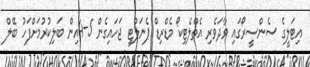
އިޓަލީގެ ސެންސީރޯގައި ވާދަވެރި އެތްލެޓިކޯ މެޑްރިޑް ޕެނަލްޓީ ޖަހައިގެން 5-4އިން ބަލިކުރުމަށްފަހު ބޭލް